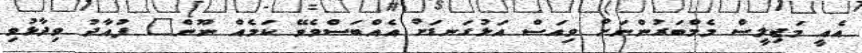
އެއީ މަޖިލީސް މެމްބަރުންނަށް ވިއަސް އަޅުގަނޑަށް އެއްބަސްވެވޭ ކަމެއް ނޫން" ފުއާދު ވިދާޅުވި